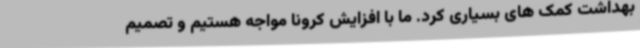
بهداشت کمک های بسیاری کرد. ما با افزایش کرونا مواجه هستیم و تصمیم